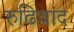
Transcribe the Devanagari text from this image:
रुढिवाद